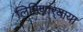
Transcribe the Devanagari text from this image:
लिहिणार्‍याया